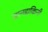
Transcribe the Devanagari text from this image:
ज्ञानडाकिनी